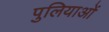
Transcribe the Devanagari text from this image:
पुलियाओं